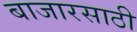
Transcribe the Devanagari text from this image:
बाजारसाठी